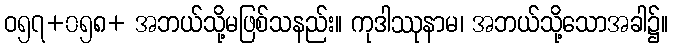
ဝ၅၇+၀၅၈+ အဘယ်သို့မဖြစ်သနည်း။ ကုဒါဿုနာမ၊ အဘယ်သို့သောအခါ၌။